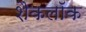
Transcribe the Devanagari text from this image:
शैकलॉक